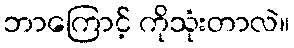
ဘာကြောင့် ကိုသုံးတာလဲ။